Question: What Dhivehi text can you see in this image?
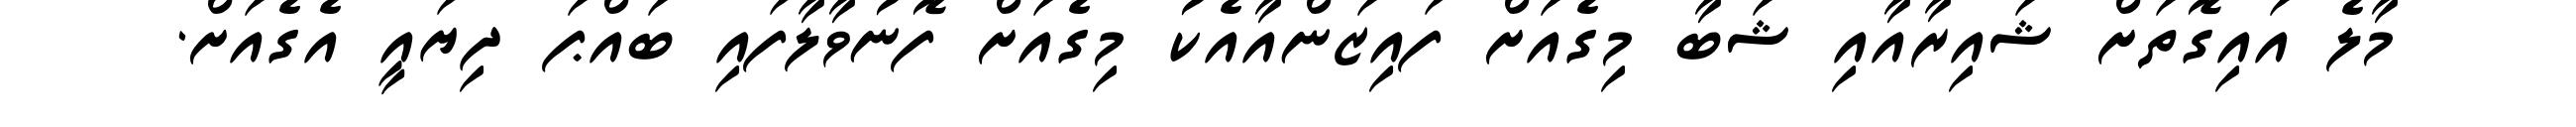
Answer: މާލެ އައިގޮތަށް ޝައިރާއާއި ޝަބާ މިގެއަށް ފައިޒަންއާއެކު މިގެއަށް ފޮނުވާލާފައި ބައްޕަ ދިޔައީ އެގެއަށް.